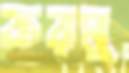
করমু